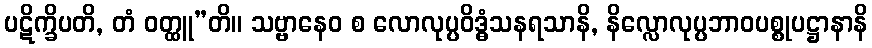
ပဋိက္ခိပတိ, တံ ဝတ္ထူ”တိ။ သဗ္ဗာနေဝ စ လောလုပ္ပဝိဒ္ဓံသနရသာနိ, နိလ္လောလုပ္ပဘာဝပစ္စုပဋ္ဌာနာနိ